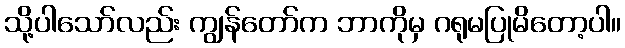
သို့ပါသော်လည်း ကျွန်တော်က ဘာကိုမှ ဂရုမပြုမိတော့ပါ။